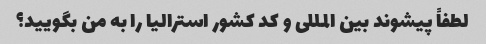
لطفاً پیشوند بین المللی و کد کشور استرالیا را به من بگویید؟